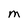
Character: M